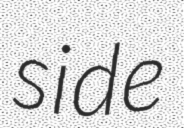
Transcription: side